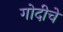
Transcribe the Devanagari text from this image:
गोदीचे